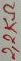
Text: 2,2KΩ